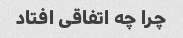
چرا چه اتفاقی افتاد